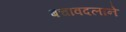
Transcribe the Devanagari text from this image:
बचावदलाने